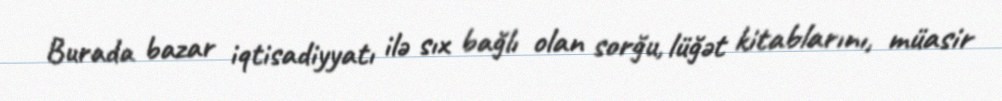
Burada bazar iqtisadiyyatı ilə sıx bağlı olan sorğu, lüğət kitablarını, müasir